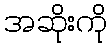
အဆိုးကို